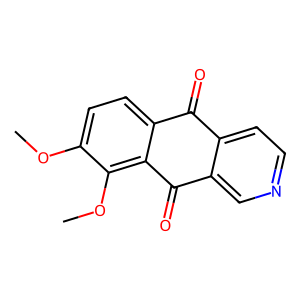
SMILES: COc1ccc2c(c1OC)C(=O)c1cnccc1C2=O
Inhibits HIV replication: Yes